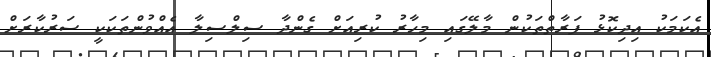
އެކަމަކު އިދިކޮޅު ފަރާތްތަކުން މާލޭގައި މިހާރު ކުރިއަށް ގެންދާ ސިލްސިލާ އެއްވުންތަކަކީ ސަރުކާރަށް